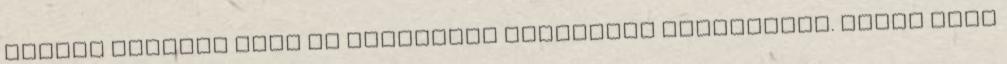
reális válasza volt az emberiség évezredes adventjére. Jézus léte